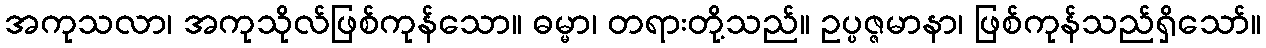
အကုသလာ၊ အကုသိုလ်ဖြစ်ကုန်သော။ ဓမ္မာ၊ တရားတို့သည်။ ဥပ္ပဇ္ဇမာနာ၊ ဖြစ်ကုန်သည်ရှိသော်။